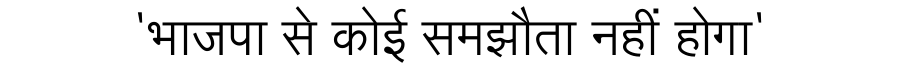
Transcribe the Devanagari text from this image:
'भाजपा से कोई समझौता नहीं होगा'